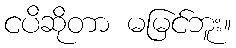
ငပိဆိုတာ မမြင်ဘူး။